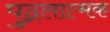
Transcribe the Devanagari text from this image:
पुद्गलात्मक